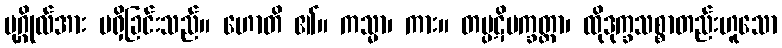
ပုဂ္ဂိုလ်အား မရှိခြင်းသည်။ ဟောတိ ၏။ ကသ္မာ၊ ကား။ တပ္ပဋိပက္ခတ္တာ၊ ထိုဒုက္ခသစ္စာတည်းဟူသော